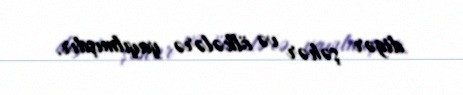
digər şəhər və ölkələrə yayılmışdır.